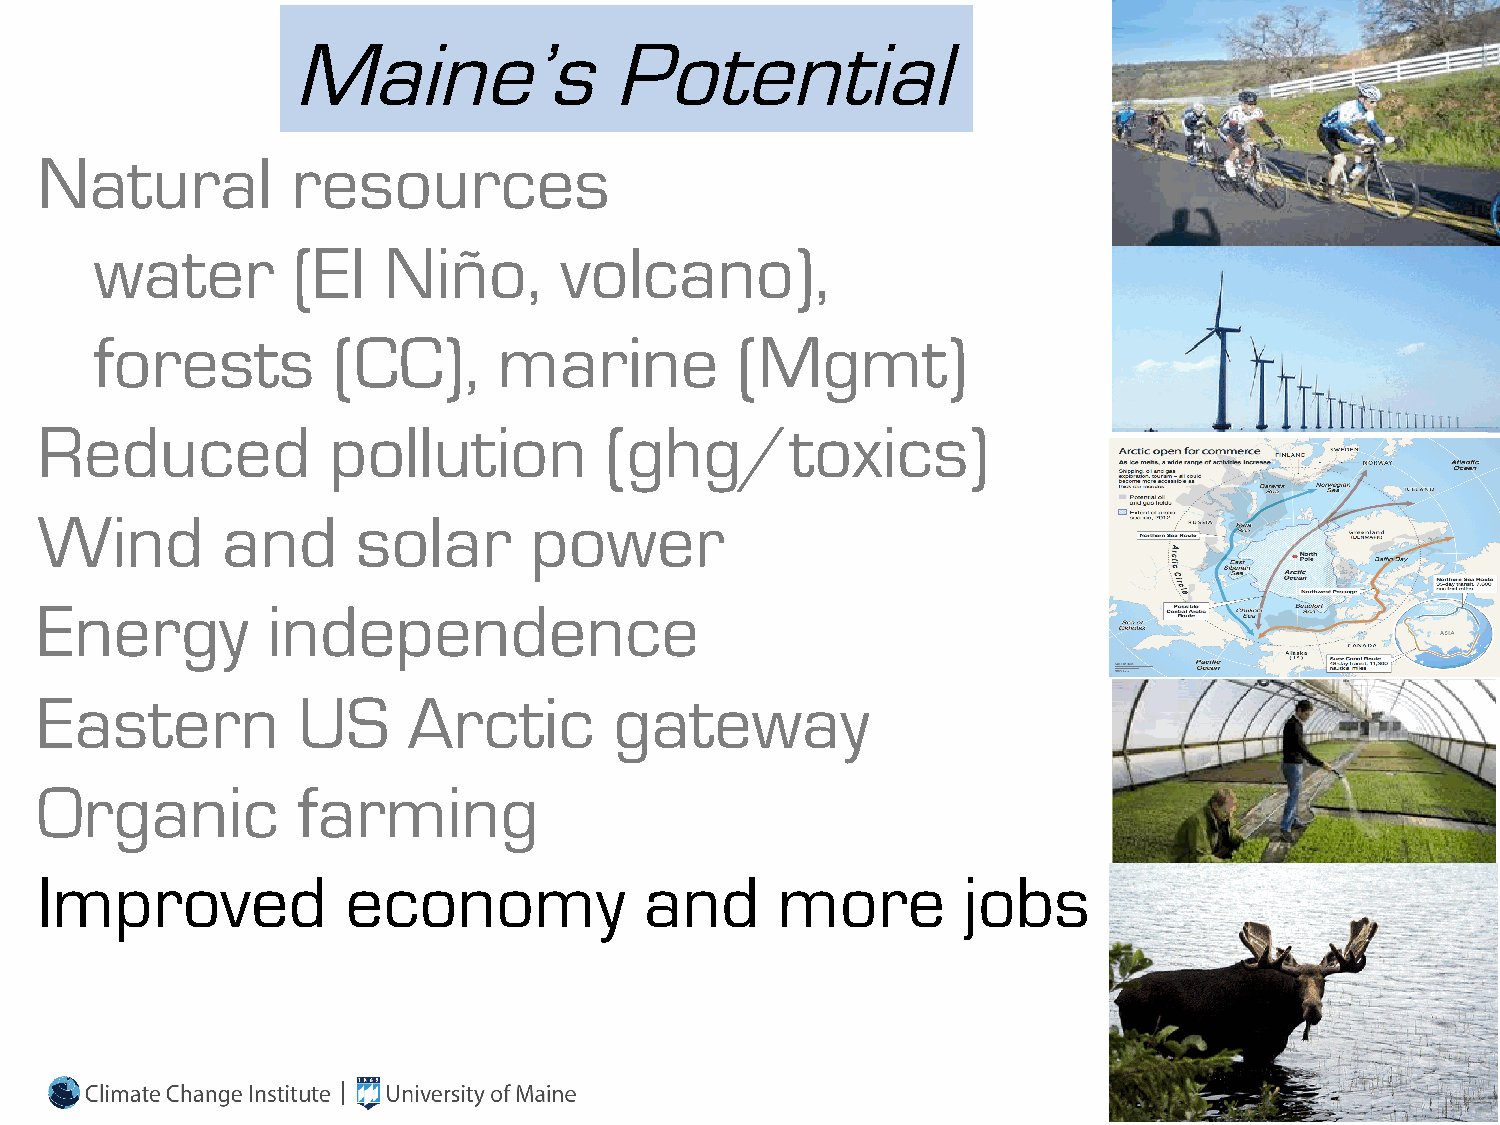
Maine’s              Potential
 Natural          resources
 water        (El   Niño,       volcano),
 forests         (CC),      marine          (Mgmt)
 Reduced             pollution         (ghg/toxics)
 Wind         and      solar      power
 Energy          independence
 Eastern           US     Arctic        gateway
 Organic           farming
 Improved             economy             and     more         jobs